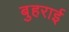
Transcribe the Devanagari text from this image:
बुहराई